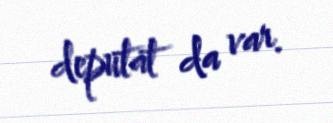
deputat da var.